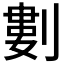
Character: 𠞭